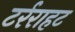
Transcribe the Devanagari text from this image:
टर्रराहट